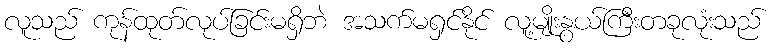
လူသည် ကုန်ထုတ်လုပ်ခြင်းမရှိဘဲ အသက်မရှင်နိုင် လူ့မျိုးနွယ်ကြီးတခုလုံးသည်